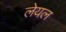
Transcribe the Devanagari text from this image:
लेयल